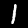
Digit: 1